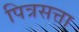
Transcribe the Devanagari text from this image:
पित्रसत्ता